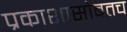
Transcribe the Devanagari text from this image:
प्रकाशासोबतच